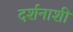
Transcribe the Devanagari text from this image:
दर्शनाशी